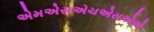
એમએસએચએસએએ